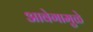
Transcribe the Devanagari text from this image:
आवेगामुळे